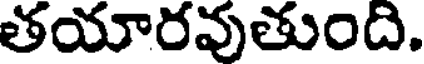
తయారవుతుంది.